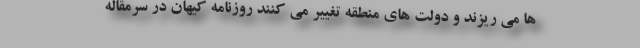
ها می ریزند و دولت های منطقه تغییر می کنند روزنامه کیهان در سرمقاله